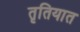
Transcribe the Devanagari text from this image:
तृतियात